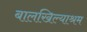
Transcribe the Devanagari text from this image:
बालखिल्याश्रम